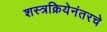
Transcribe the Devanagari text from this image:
शस्त्रक्रियेनंतरचे